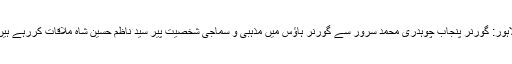
لاہور: گورنر پنجاب چوہدری محمد سرور سے گورنر ہاؤس میں مذہبی و سماجی شخصیت پیر سید ناظم حسین شاه ملاقات کررہے ہیں۔